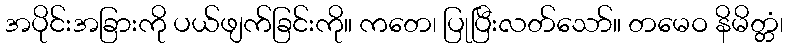
အပိုင်းအခြားကို ပယ်ဖျက်ခြင်းကို။ ကတေ၊ ပြုပြီးလတ်သော်။ တမေဝ နိမိတ္တံ၊